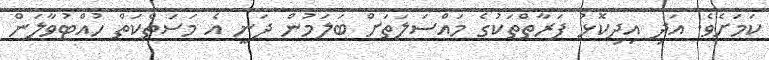
ކަމަށެވެ. އަދި އިދިކޮޅު ފަރާތްތަކުގެ މައްސަލަތަށް ބަަލަމުން ދަނީ އެ މަސަތްކަތް ހުއްޓުވާލަން